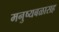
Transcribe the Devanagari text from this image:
मनुष्यबळासह